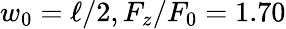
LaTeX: w_{0}=\ell/2,F_{z}/F_{0}=1.70